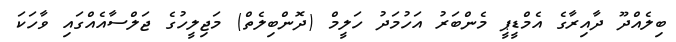
ބިލެއްދޫ ދާއިރާގެ އެމްޑީޕީ މެންބަރު އަހުމަދު ހަލީމް (ދޮންބިލެތް) މަޖިލީހުގެ ޖަލްސާއެއްގައި ވާހަކަ